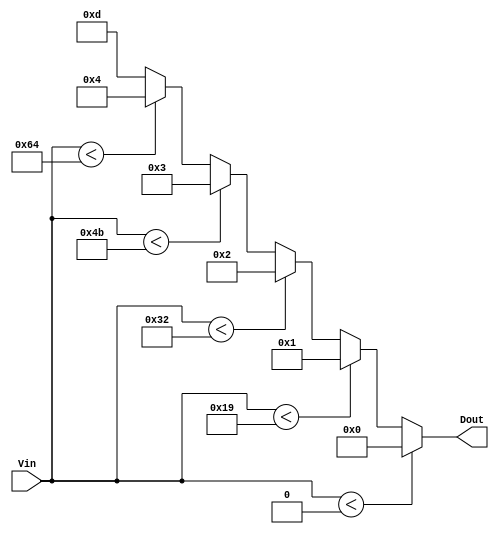
module thermal_encoder (
    input [6:0] Vin,  // 7-bit input representing the temperature (0 to 127)
    output reg [3:0] Dout // 4-bit output representing the digital output
);

// Define temperature thresholds in 7-bit representation
localparam T0 = 7'd0;    // 0C
localparam T1 = 7'd25;   // 25C
localparam T2 = 7'd50;   // 50C
localparam T3 = 7'd75;   // 75C
localparam T4 = 7'd100;  // 100C

always @(*) begin
    // Default output for below range
    Dout = 4'b0000; // Default to 00 (below range)

    // Compare Vin against thresholds and set Dout accordingly
    if (Vin < T0) begin
        Dout = 4'b0000; // Below range
    end else if (Vin < T1) begin
        Dout = 4'b0001; // 0C  Vin < 25C
    end else if (Vin < T2) begin
        Dout = 4'b0010; // 25C  Vin < 50C
    end else if (Vin < T3) begin
        Dout = 4'b0011; // 50C  Vin < 75C
    end else if (Vin < T4) begin
        Dout = 4'b0100; // 75C  Vin < 100C
    end else begin
        Dout = 4'b1101; // Vin  100C (above range)
    end
end

endmodule